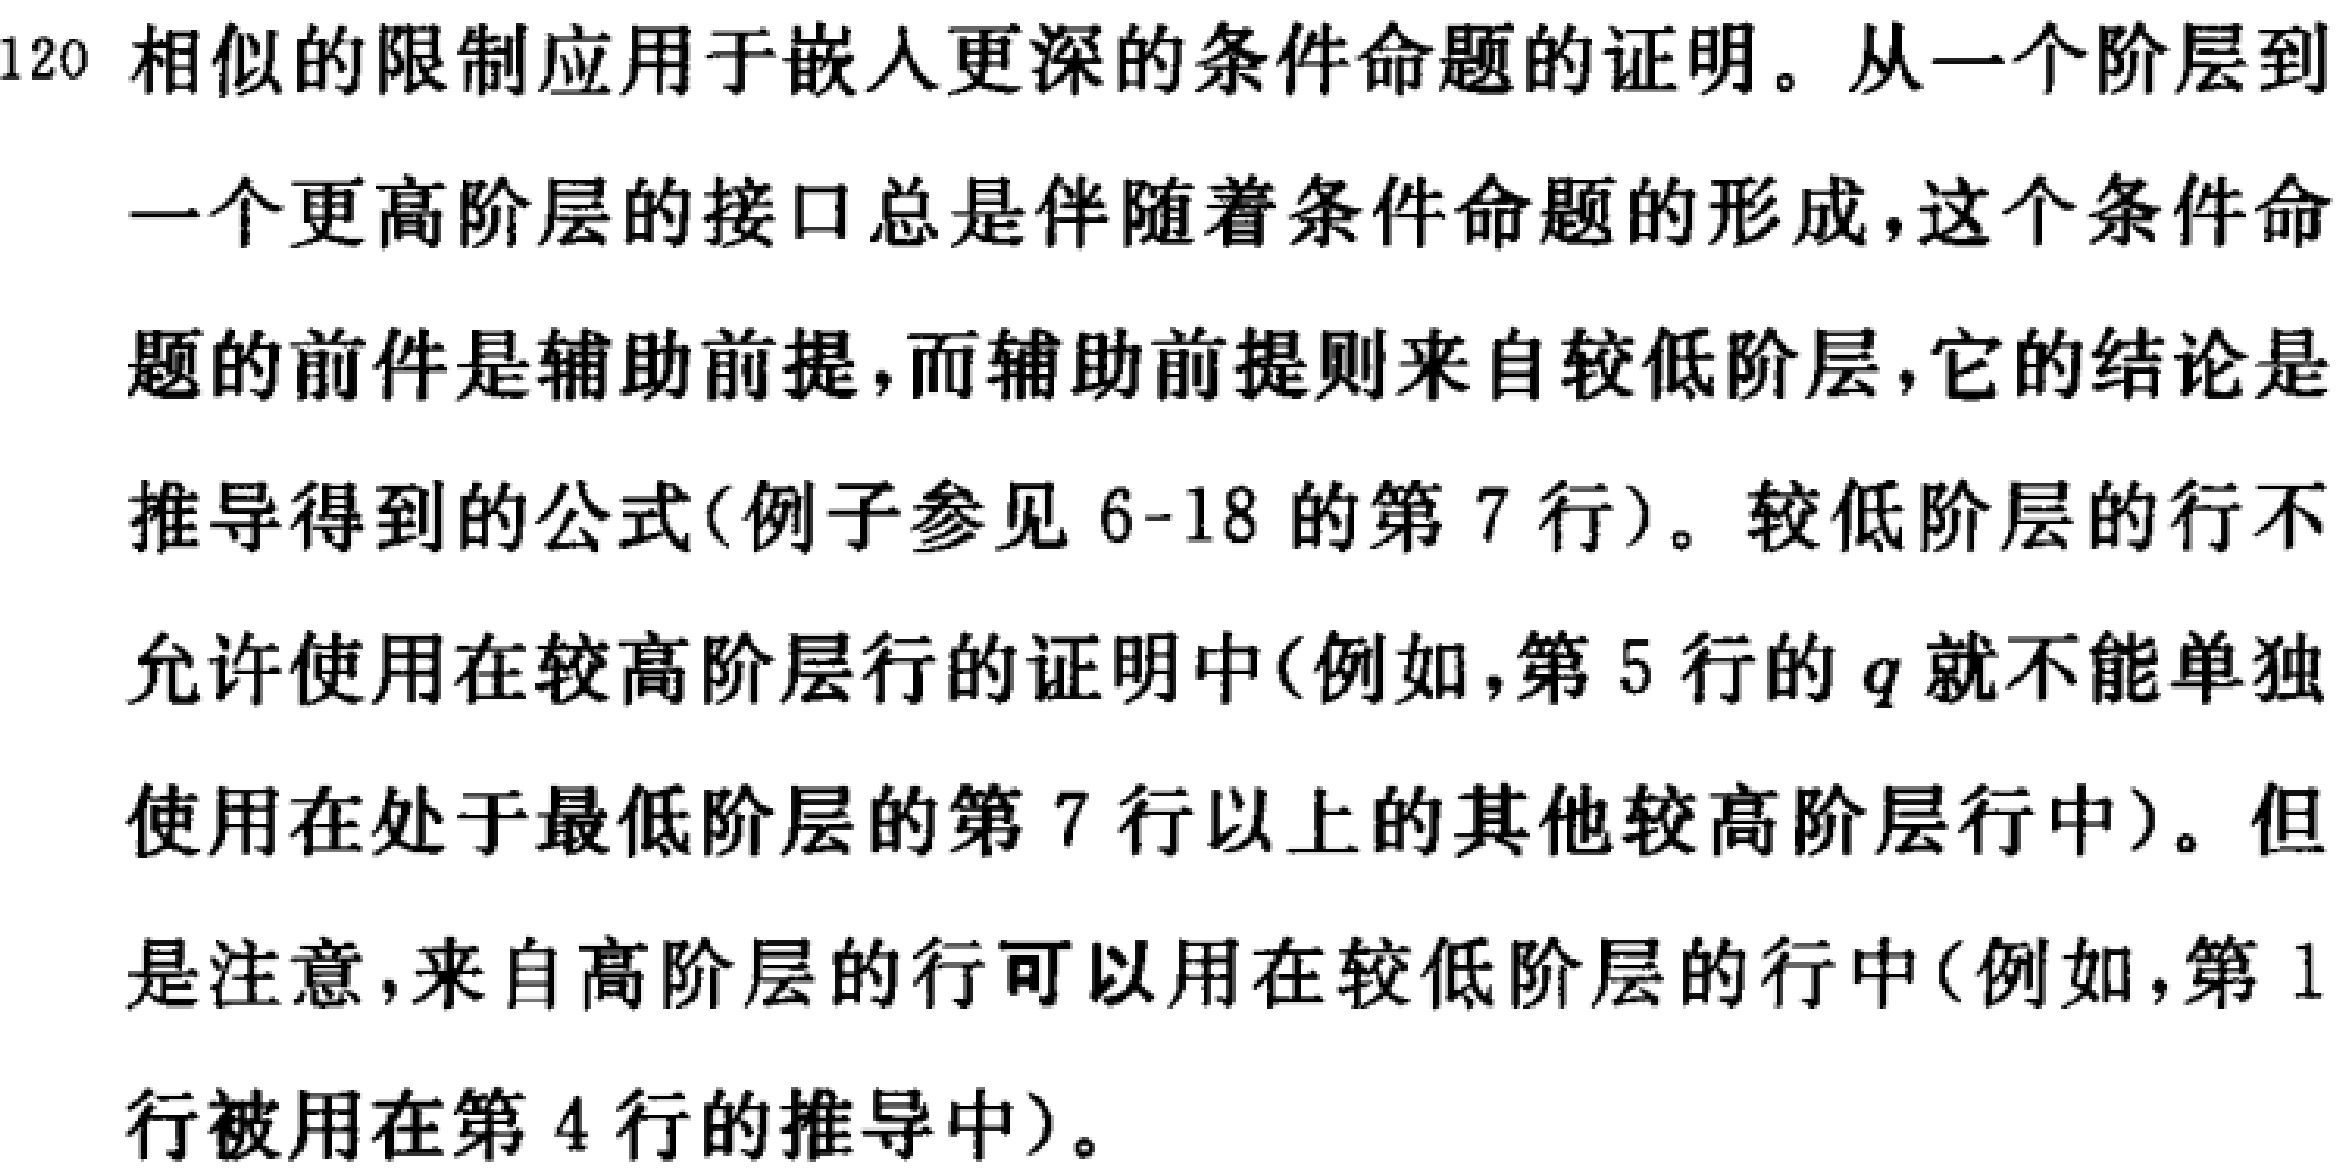
120 相似的限制应用于嵌入更深的条件命题的证明。从一个阶层到一个更高阶层的接口总是伴随着条件命题的形成，这个条件命题的前件是辅助前提，而辅助前提则来自较低阶层，它的结论是推导得到的公式(例子参见 6-18 的第 7 行)。较低阶层的行不允许使用在较高阶层行的证明中(例如，第 5 行的 \(q\) 就不能单独使用在处于最低阶层的第 7 行以上的其他较高阶层行中)。但是注意，来自高阶层的行可以用在较低阶层的行中(例如，第 1 行被用在第 4 行的推导中)。